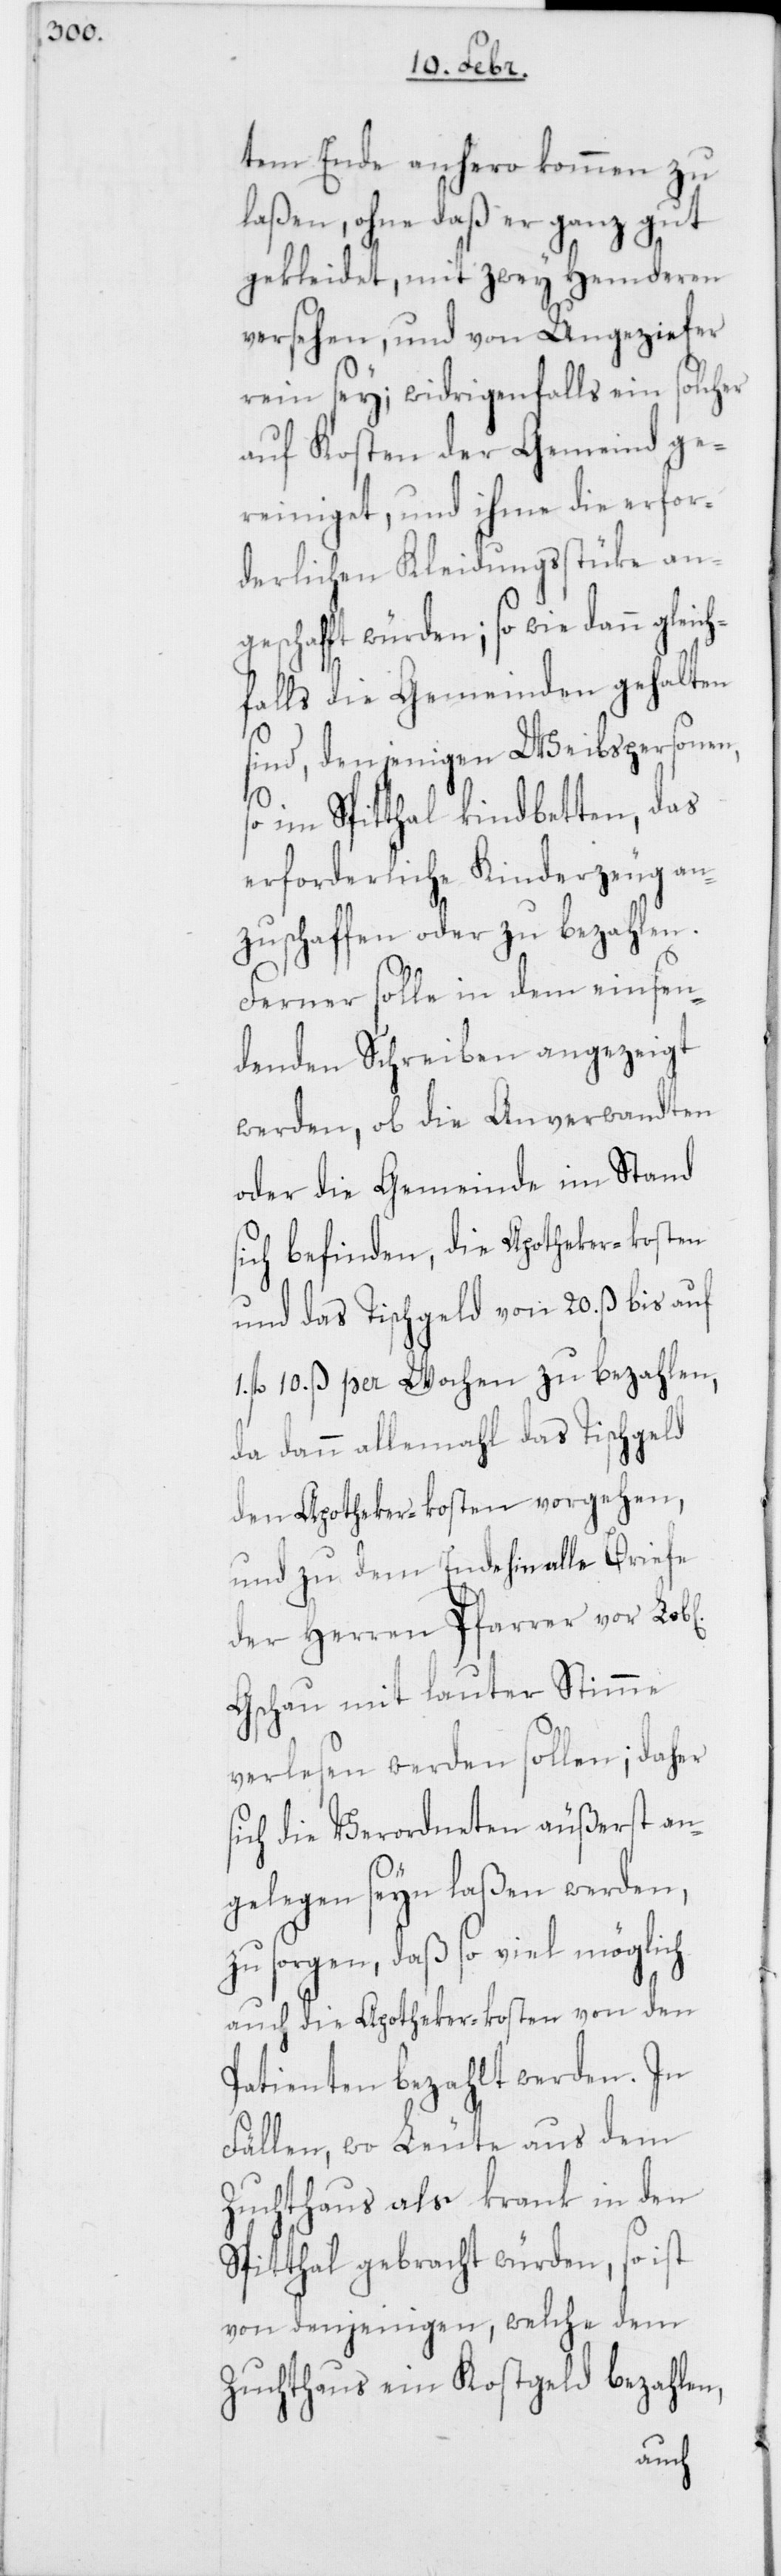
tem Ende anhero kommen zu
laßen, ohne daß er ganz gut
gekleidet, mit zwey Hemderen
versehen, und von Ungeziefer
rein sey; widrigenfalls ein solcher
auf Kosten der Gemeind ge¬
reiniget, und ihme die erfor¬
derlichen Kleidungsstücke ang¬
eschafft würden; so wie dann gleic¬
hfalls die Gemeinden gehalten
sind, denjenigen Weibspersonen,
so im Spitthal kindbetten, das
erforderliche Kinderzeug an¬
zuschaffen oder zu bezahlen.
Ferner solle in dem einsen¬
denden Schreiben angezeigt
werden, ob die Anverwandten
oder die Gemeinde im Stand
sich befinden, die Apotheker-Kosten
und das Tischgeld von 20. ß bis auf
fl. 10. ß per Wochen zu bezahlen,
da dann allemahl das Tischgeld
den Apotheker-Kosten vorgehen,
und zu dem Ende hin alle Briefe
der Herren Pfarrer vor
Gschau mit lauter Stimme
verlesen werden sollen; daher
sich die Verordneten äußerst an¬
gelegen seyn laßen werden,
zu sorgen, daß so viel möglich
auch die Apotheker-Kosten von den
Patienten bezahlt werden. In
Fällen, wo Leute aus dem
Zuchthaus als krank in den
Spitthal gebracht würden, so ist
von denjenigen, welche dem
Zuchthaus ein Kostgeld bezahlen,